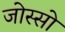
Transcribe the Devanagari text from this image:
जोस्सो